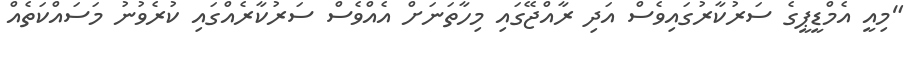
"މިއީ އެމްޑީޕީގެ ސަރުކާރުގައިވެސް އަދި ރާއްޖޭގައި މިހާތަނަށް އެއްވެސް ސަރުކާރެއްގައި ކުރެވުނު މަސައްކަތެއް